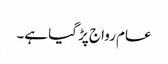
عام رواج پڑ گیا ہے۔